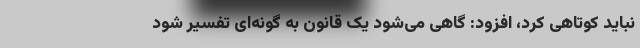
نباید کوتاهی کرد، افزود: گاهی می‌شود یک قانون به گونه‌ای تفسیر شود